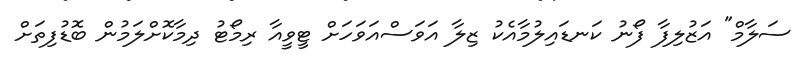
ސަލާމް" އަޒުލިފާ ފޯނު ކަނޑައިލުމާއެކު ޒިލާ އަވަސްއަވަހަށް ޓީވީއާ ރިމޯޓު ދިމާކޮށްލަމުން ބޮޑުފިތަށް